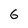
Character: 6